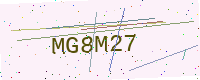
Text: MG8M27